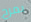
بمرح